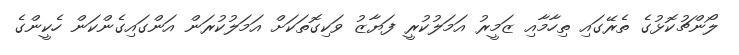
ލޯންޗުކޮޅުގެ ތެރޭގައި ތިހާމާއި ޒަމީރު އަމަލުކުރީ ފަޔާޒު ވަކިގޮތަކަށް އަމަލުކުރަން އަންގައިގެންކަން ހެކީންގެ